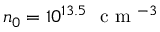
n _ { 0 } = 1 0 ^ { 1 3 . 5 } ~ \mathrm { ~ c ~ m ~ } ^ { - 3 }